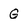
Character: G